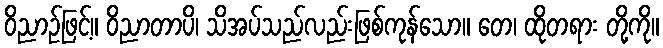
ဝိညာဉ်ဖြင့်။ ဝိညာတာပိ၊ သိအပ်သည်လည်းဖြစ်ကုန်သော။ တေ၊ ထိုတရား တို့ကို။